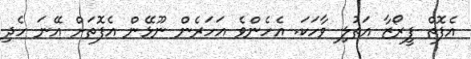
އެފޮތް ފީރޯޒާ އަތުލި ވާހަކަ. އެހެންވެ އަހަރެން ނޫޅޭން އެފޮތަށް އޭނަ ހެދި